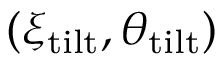
( \xi _ { \mathrm { t i l t } } , \theta _ { \mathrm { t i l t } } )